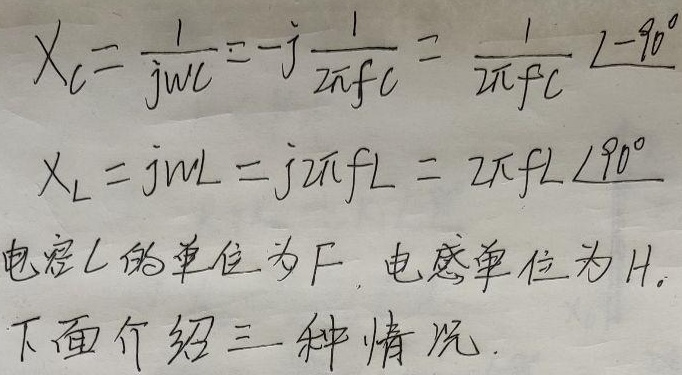
电容\(C\)的单位为\(F\)，电感单位为\(H\)。下面介绍三种情况.
\[\begin{align*}X_C&=\frac{1}{j\omega C}=-j\frac{1}{2\pi fC}=\frac{1}{2\pi fC}\angle{-90^{\circ}}\\X_L&=j\omega L = j2\pi fL=2\pi fL\angle{90^{\circ}}\end{align*}\]